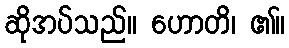
ဆိုအပ်သည်။ ဟောတိ၊ ၏။